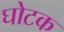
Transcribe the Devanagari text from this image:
घोटक